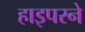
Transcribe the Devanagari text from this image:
हाइपरने